65_HS1-834228961_62-HQ-83894_Section_6
Agency: FBI
Page 217
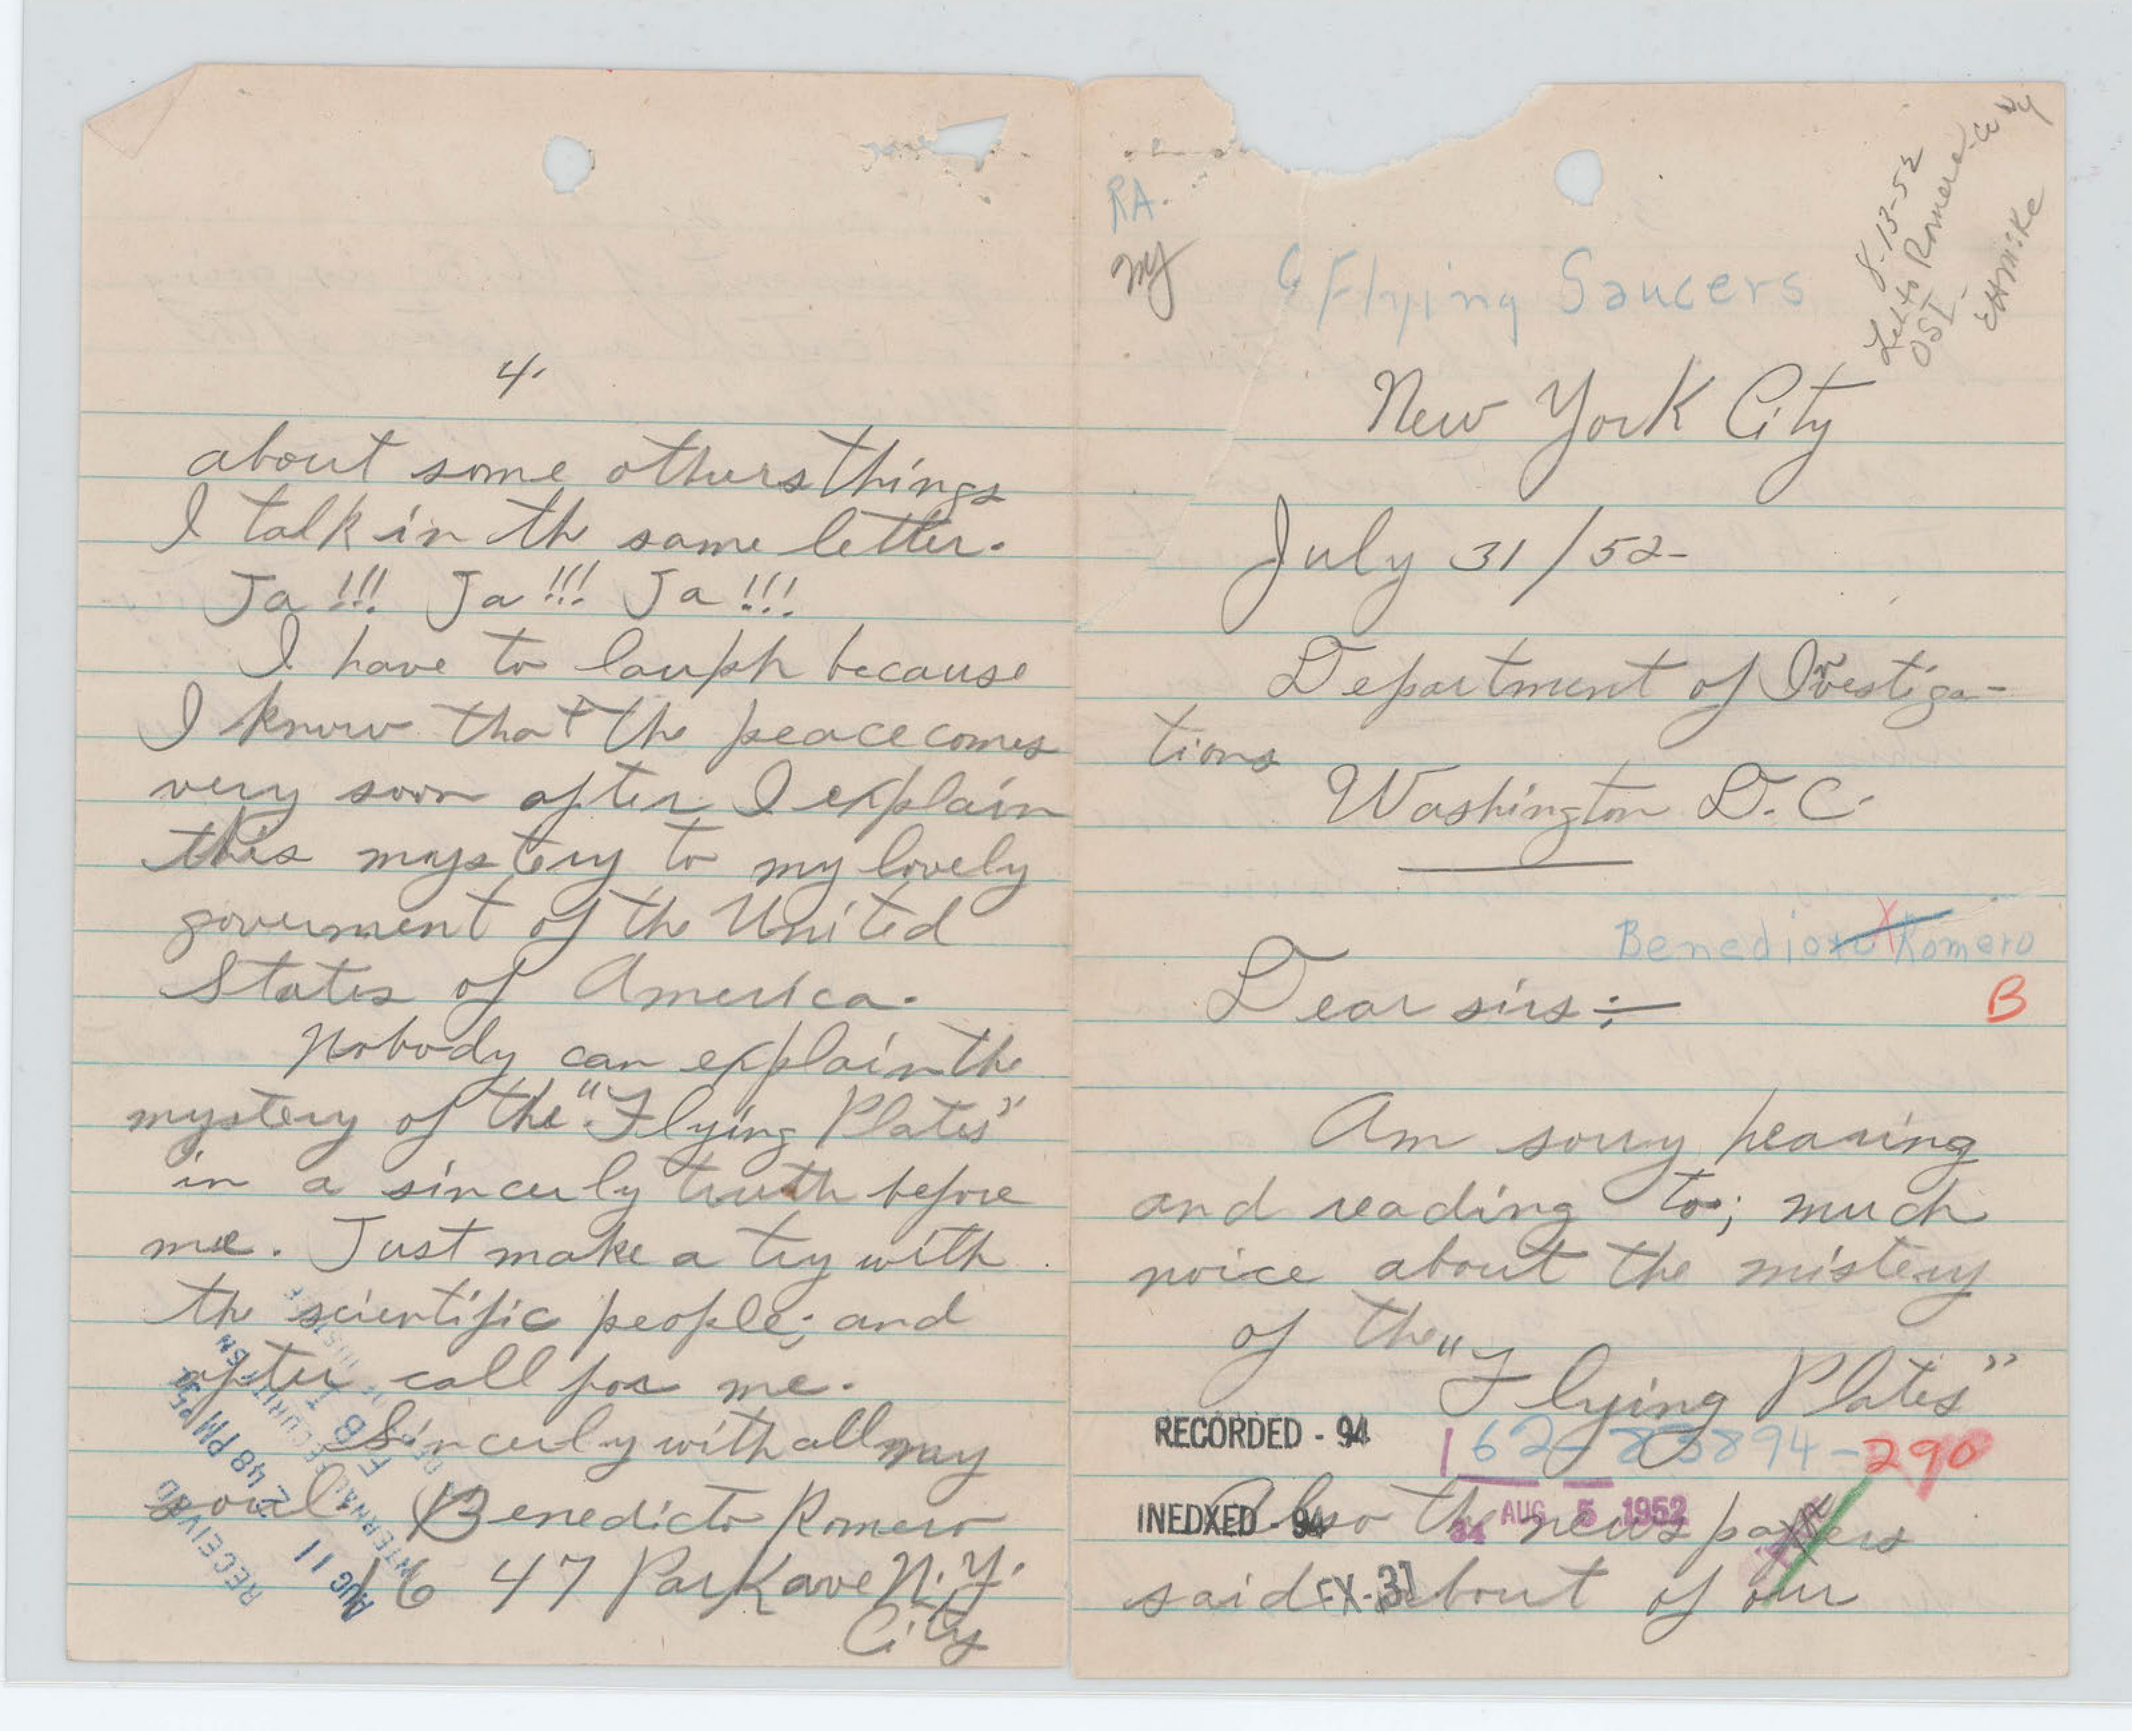